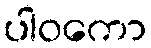
ပါဝကော